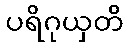
ပရိဂုယှတိ